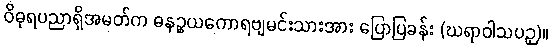
ဝိဓုရပညာရှိအမတ်က ဓနဉ္စယကောရဗျမင်းသားအား ပြောပြခန်း (ဃရာဝါသပဉှ)။